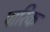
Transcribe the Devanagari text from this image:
पारिक